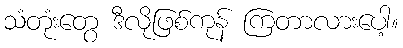
သံတုံးတွေ ဒီလိုဖြစ်ကုန် ကြတာလားပေါ့။